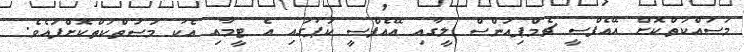
މަސައްކަތްކޮށް އޭއެފްސީ ޗެމްޕިއަންސް ލީގާއި އޭއެފްސީ ކަޕުގައި އެ ޓީމާއި އެކު މަސަތްކަތްކޮށްފައެވެ.